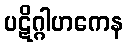
ပဋိဂ္ဂါဟကေန